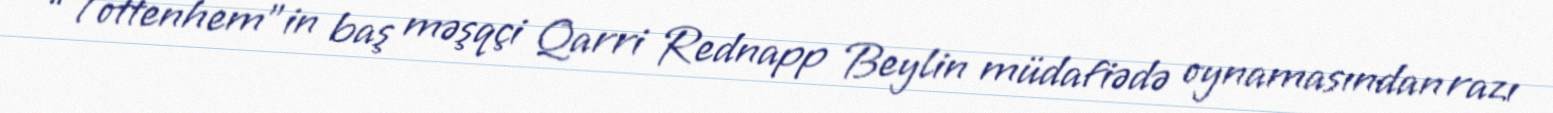
“Tottenhem”in baş məşqçi Qarri Rednapp Beylin müdafiədə oynamasından razı